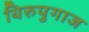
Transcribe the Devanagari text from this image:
थिरुपुगाज